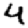
Digit: 4